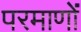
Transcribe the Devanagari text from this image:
परमाणों